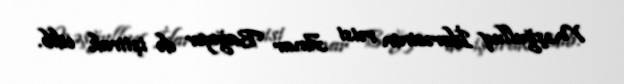
Məşğulluq İdarəsinin rəisi Anar Bağıyev də iştirak edib.